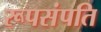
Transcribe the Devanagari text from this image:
रूपसंपति